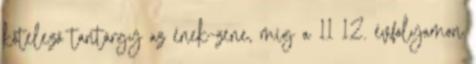
kötelező tantárgy az ének-zene, míg a 11 12. évfolyamon